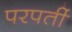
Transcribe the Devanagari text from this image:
परपर्ती